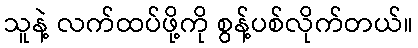
သူနဲ့ လက်ထပ်ဖို့ကို စွန့်ပစ်လိုက်တယ်။